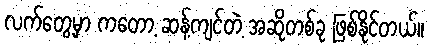
လက်တွေ့မှာ ကတော့ ဆန့်ကျင်တဲ့ အဆိုတစ်ခု ဖြစ်နိုင်တယ်။